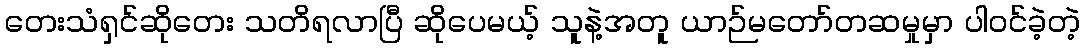
တေးသံရှင်ဆိုတေး သတိရလာပြီ ဆိုပေမယ့် သူနဲ့အတူ ယာဉ်မတော်တဆမှုမှာ ပါဝင်ခဲ့တဲ့